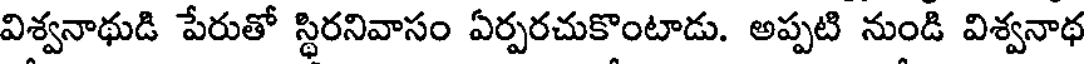
విశ్వనాథుడి పేరుతో స్థిరనివాసం ఏర్పరచుకొంటాడు. అప్పటి నుండి విశ్వనాథ